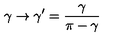
\gamma \to \gamma ^ { \prime } = \frac { \gamma } { \pi - \gamma }